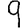
Digit: 9